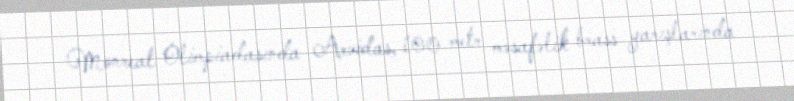
Monreal Olimpiadasında Arvidas, 100 metr məsafəlik brass yarışlarında